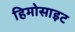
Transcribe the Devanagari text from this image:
हिमोसाइट